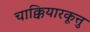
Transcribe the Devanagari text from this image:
चाक्कियारकूत्तु